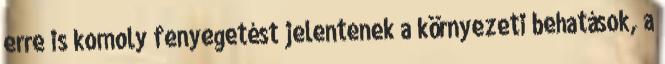
erre is komoly fenyegetést jelentenek a környezeti behatások, a